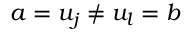
a = u _ { j } \neq u _ { l } = b